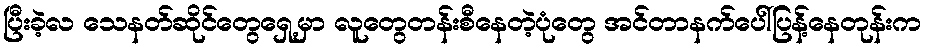
ပြီးခဲ့လ သေနတ်ဆိုင်တွေရှေ့မှာ လူတွေတန်းစီနေတဲ့ပုံတွေ အင်တာနက်ပေါ်ပြန့်နေတုန်းက